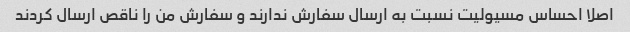
اصلا احساس مسیولیت نسبت به ارسال سفارش ندارند و سفارش من را ناقص ارسال کردند